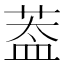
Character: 葢